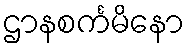
ဌာနစင်္ကမိနော